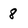
Character: 8